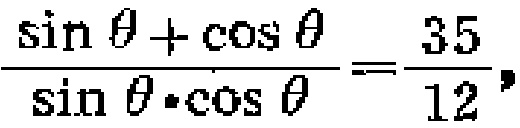
\(\frac{\sin\theta+\cos\theta}{\sin\theta\cdot\cos\theta}=\frac{35}{12}\)